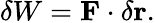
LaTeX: \delta W=\mathbf{F}\cdot\delta\mathbf{r}.